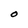
Character: O